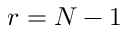
r = N - 1